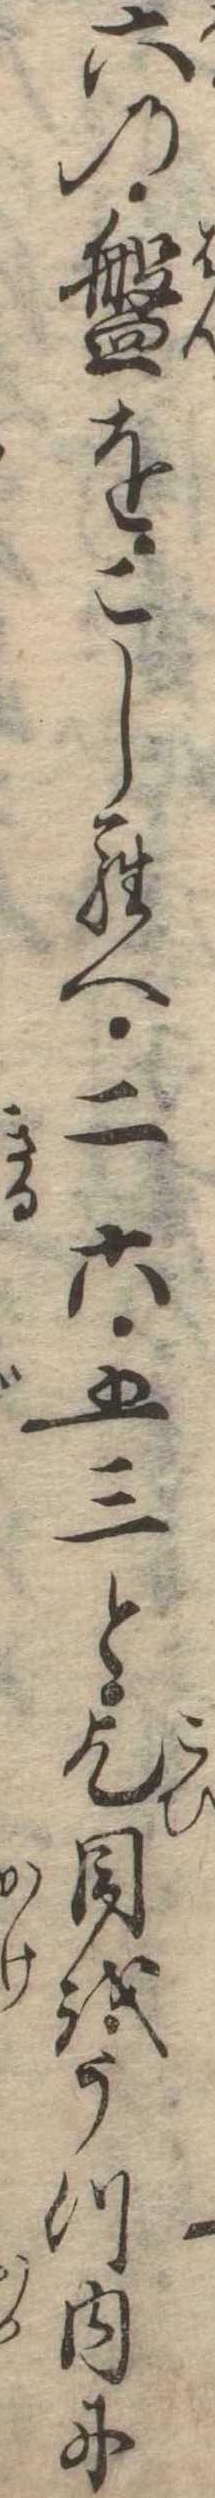
六の盤をこしらへ二六五三と乞目をうつ内に